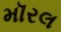
મૉરલ